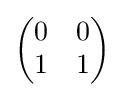
{\begin{pmatrix}0&0\\1&1\end{pmatrix}}